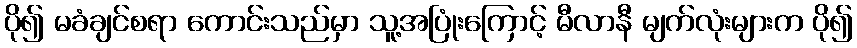
ပို၍ မခံချင်စရာ ကောင်းသည်မှာ သူ့အပြုံးကြောင့် မီလာနီ မျက်လုံးများက ပို၍